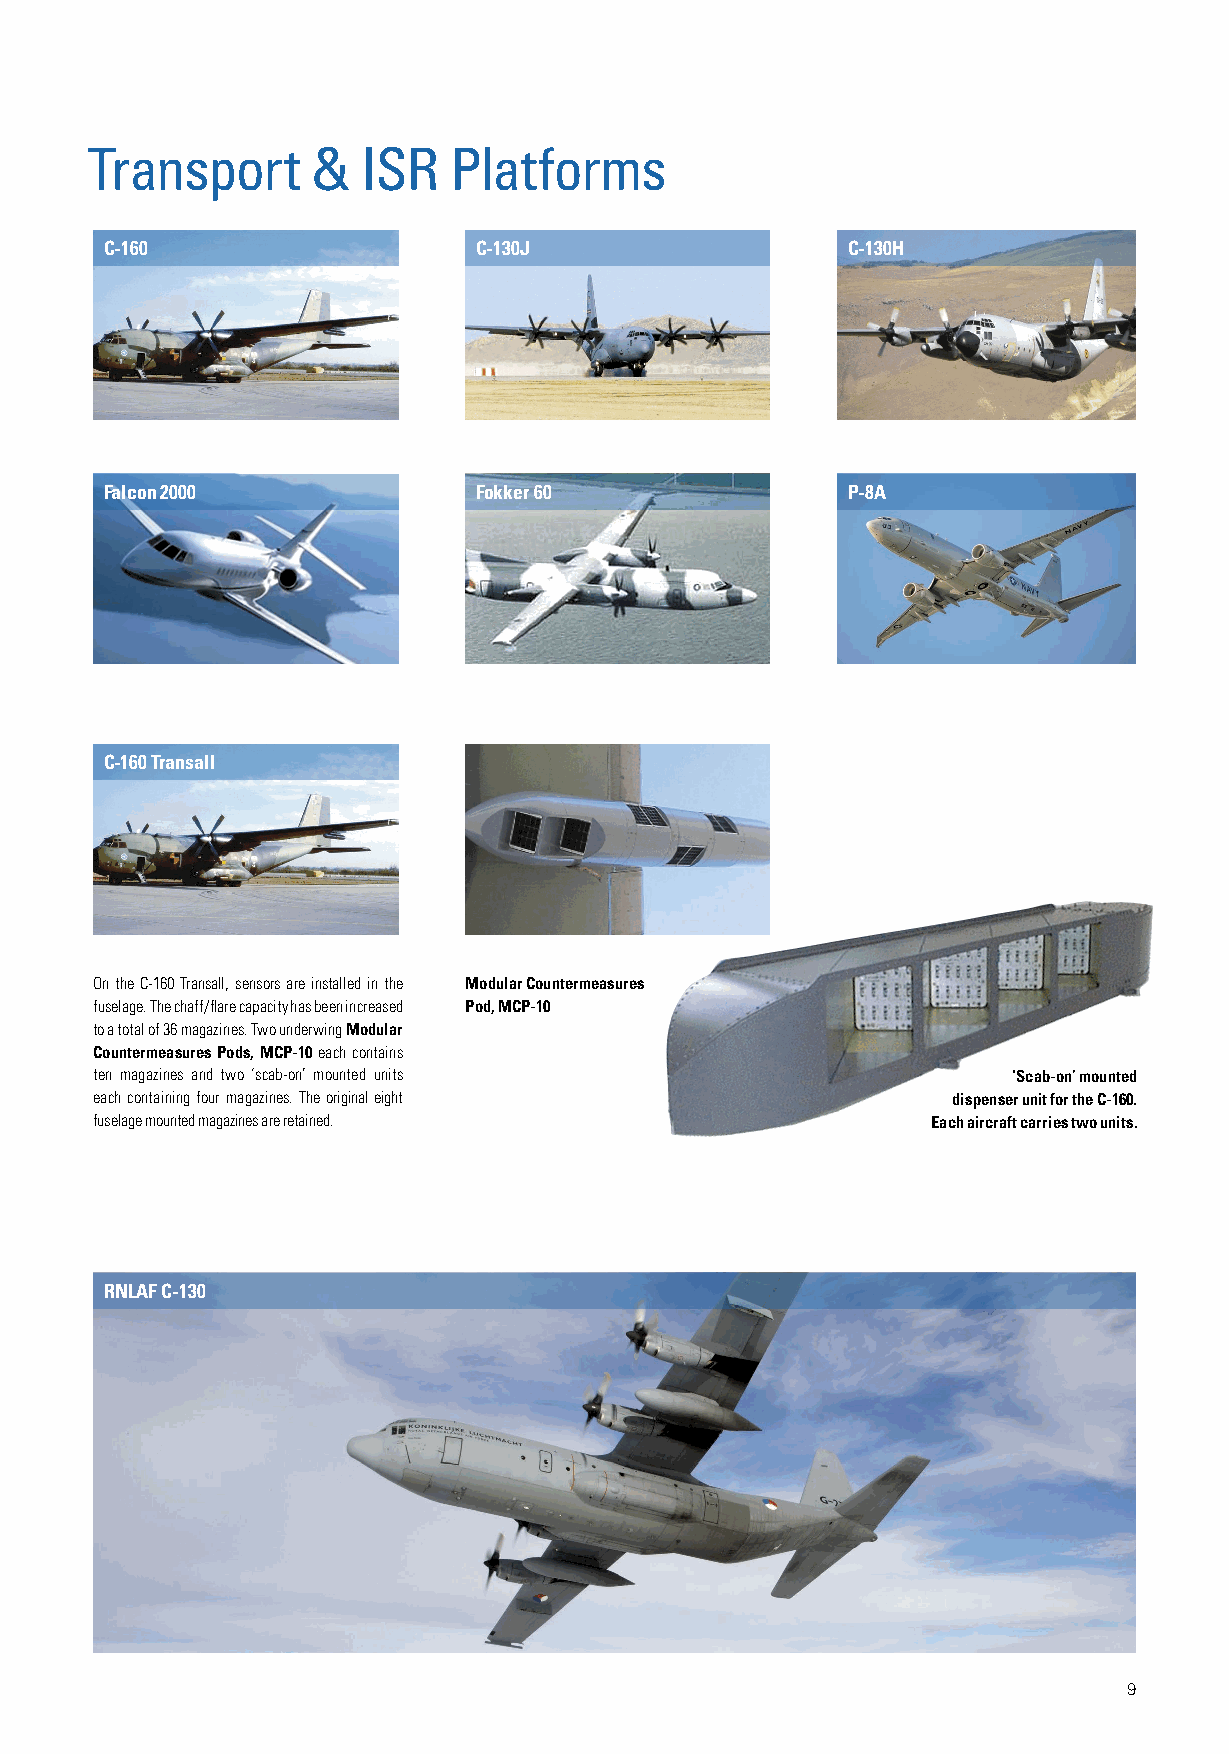
Transport      &  ISR   Platforms
 C-160                   C-130J                   C-130H
 Falcon 2000             Fokker 60                P-8A
 C-160 Transall
 On the C-160 Transall, sensors are installed in the Modular Countermeasures
 fuselage. The chaff/flare capacity has been increased Pod, MCP-10
 to a total of 36 magazines. Two underwing Modular
 Countermeasures Pods, MCP-10 each contains
 ten magazines and two ‘scab-on’ mounted units                ‘Scab-on’ mounted
 each containing four magazines. The original eight       dispenser unit for the C-160.
 fuselage mounted magazines are retained.                Each aircraft carries two units.
 RNLAF C-130
 9